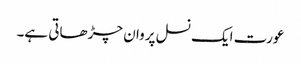
عورت ایک نسل پروان چڑھاتی ہے۔